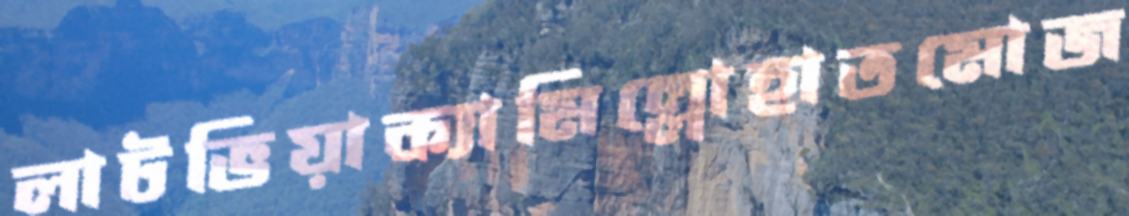
লাটভিয়াক্যামিল্লোহাতমোজ